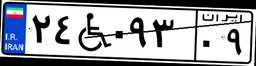
۲۴W۰۹۳۰۹